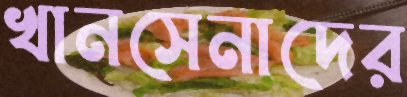
খানসেনাদের